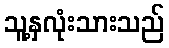
သူ့နှလုံးသားသည်